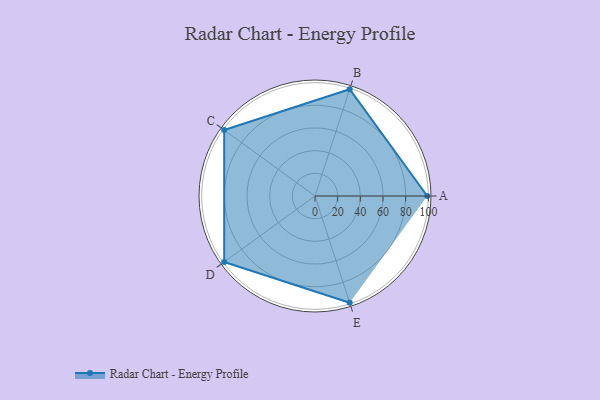
{"axis": {"x": "Skill", "y": "Score"}, "legend": ["Profile"], "data": [{"x": "A", "y": 99, "type": "Profile"}, {"x": "B", "y": 99, "type": "Profile"}, {"x": "C", "y": 99, "type": "Profile"}, {"x": "D", "y": 99, "type": "Profile"}, {"x": "E", "y": 99, "type": "Profile"}]}